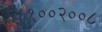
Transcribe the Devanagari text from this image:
१००२००८